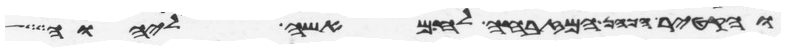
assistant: והקטיר הכהן המזבחה לחם אשה ליהוה